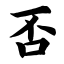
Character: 否